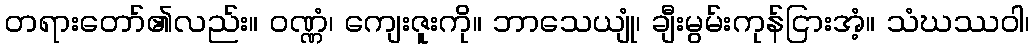
တရားတော်၏လည်း။ ဝဏ္ဏံ၊ ကျေးဇူးကို။ ဘာသေယျုံ၊ ချီးမွမ်းကုန်ငြားအံ့။ သံဃဿဝါ၊